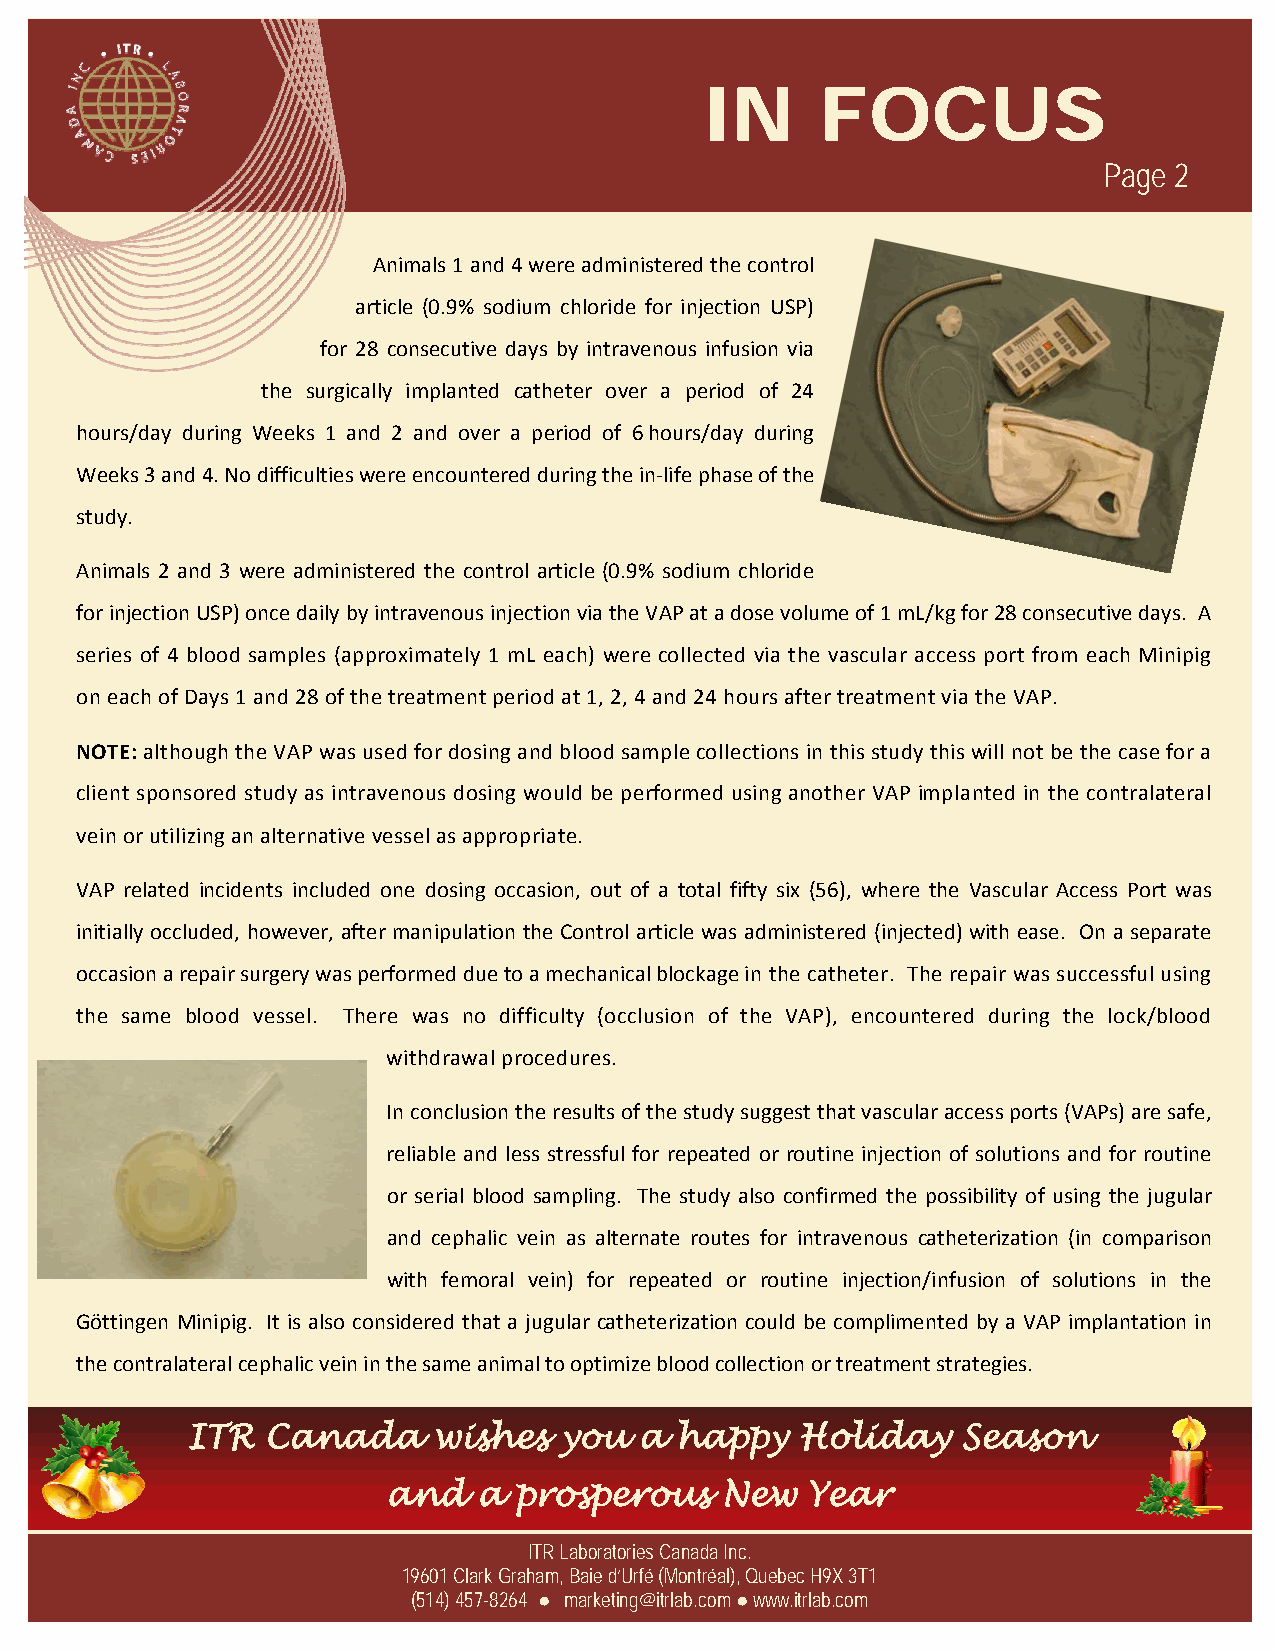
IN     FOCUS
 Page 2
 Animals 1 and 4 were administered the control
 article (0.9% sodium chloride for injection USP)
 for 28 consecutive days by intravenous infusion via
 the surgically implanted catheter over a period of 24
 hours/day during Weeks 1 and 2 and over a period of 6 hours/day during
 Weeks 3 and 4. No difficulties were encountered during the in‐life phase of the
 study.
 Animals 2 and 3 were administered the control article (0.9% sodium chloride
 for injection USP) once daily by intravenous injection via the VAP at a dose volume of 1 mL/kg for 28 consecutive days. A
 series of 4 blood samples (approximately 1 mL each) were collected via the vascular access port from each Minipig
 on each of Days 1 and 28 of the treatment period at 1, 2, 4 and 24 hours after treatment via the VAP.
 NOTE: although the VAP was used for dosing and blood sample collections in this study this will not be the case for a
 client sponsored study as intravenous dosing would be performed using another VAP implanted in the contralateral
 vein or utilizing an alternative vessel as appropriate.
 VAP related incidents included one dosing occasion, out of a total fifty six (56), where the Vascular Access Port was
 initially occluded, however, after manipulation the Control article was administered (injected) with ease. On a separate
 occasion a repair surgery was performed due to a mechanical blockage in the catheter. The repair was successful using
 the same blood vessel. There was no difficulty (occlusion of the VAP), encountered during the lock/blood
 withdrawal procedures.
 In conclusion the results of the study suggest that vascular access ports (VAPs) are safe,
 reliable and less stressful for repeated or routine injection of solutions and for routine
 or serial blood sampling. The study also confirmed the possibility of using the jugular
 and cephalic vein as alternate routes for intravenous catheterization (in comparison
 with femoral vein) for repeated or routine injection/infusion of solutions in the
 Göttingen Minipig. It is also considered that a jugular catheterization could be complimented by a VAP implantation in
 the contralateral cephalic vein in the same animal to optimize blood collection or treatment strategies.
 ITR   Canada     wishes  you  a  happy   Holiday    Season
 and   a prosperous    New  Year
 ITR Laboratories Canada Inc.
 19601 Clark Graham, Baie d’Urfé (Montréal), Quebec H9X 3T1
 (514) 457-8264 ● marketing@itrlab.com ● www.itrlab.com